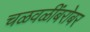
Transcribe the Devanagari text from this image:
चळवळींबरोबर